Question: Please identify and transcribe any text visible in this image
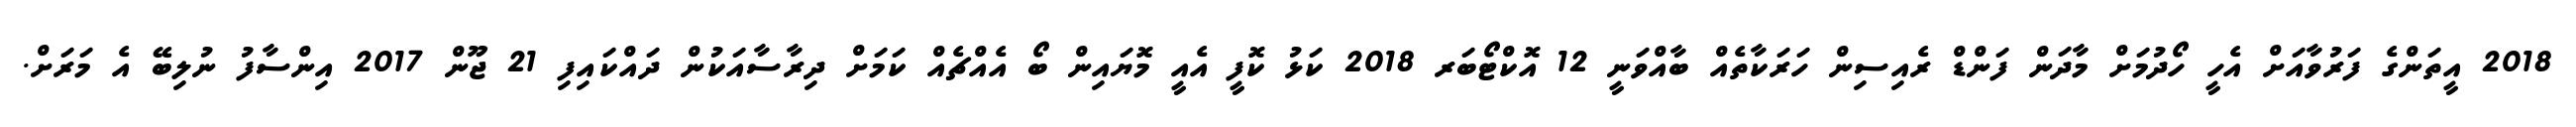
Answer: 2018 އީތަންގެ ފަރުވާއަށް އެހީ ހޯދުމަށް މާދަން ފަންޑް ރެއިސިން ހަރަކާތެއް ބާއްވަނީ 12 އޮކްޓޯބަރ 2018 ކަޅު ކޮފީ އެއީ މޮޔައިން ބޯ އެއްޗެއް ކަމަށް ދިރާސާއަކުން ދައްކައިފި 21 ޖޫން 2017 އިންސާފު ނުލިބޭ އެ މަރަށް.